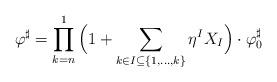
LaTeX: \begin{align*} \varphi^\sharp = \prod_{k = n}^1 \Big(1 + \sum_{k\in I\subseteq \{1, \ldots, k\}} \eta^I X_I\Big) \cdot \varphi_0^\sharp\end{align*}